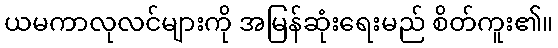
ယမကာလုလင်များကို အမြန်ဆုံးရေးမည် စိတ်ကူး၏။